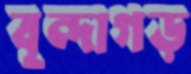
বৃন্দাগড়